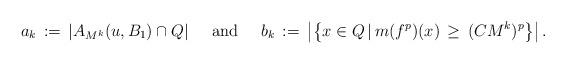
LaTeX: \begin{align*}a_k\,:=\,|A_{M^k}(u,B_1)\cap Q|\;\;\;\;\;\mbox{and}\;\;\;\;\;b_k\,:=\,\left|\left\lbrace x\in Q\,|\,m(f^p)(x)\,\geq\,(CM^k)^p \right\rbrace\right|.\end{align*}